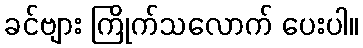
ခင်ဗျား ကြိုက်သလောက် ပေးပါ။